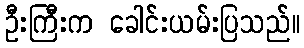
ဦးကြီးက ခေါင်းယမ်းပြသည်။